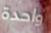
واحدة